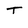
Character: T